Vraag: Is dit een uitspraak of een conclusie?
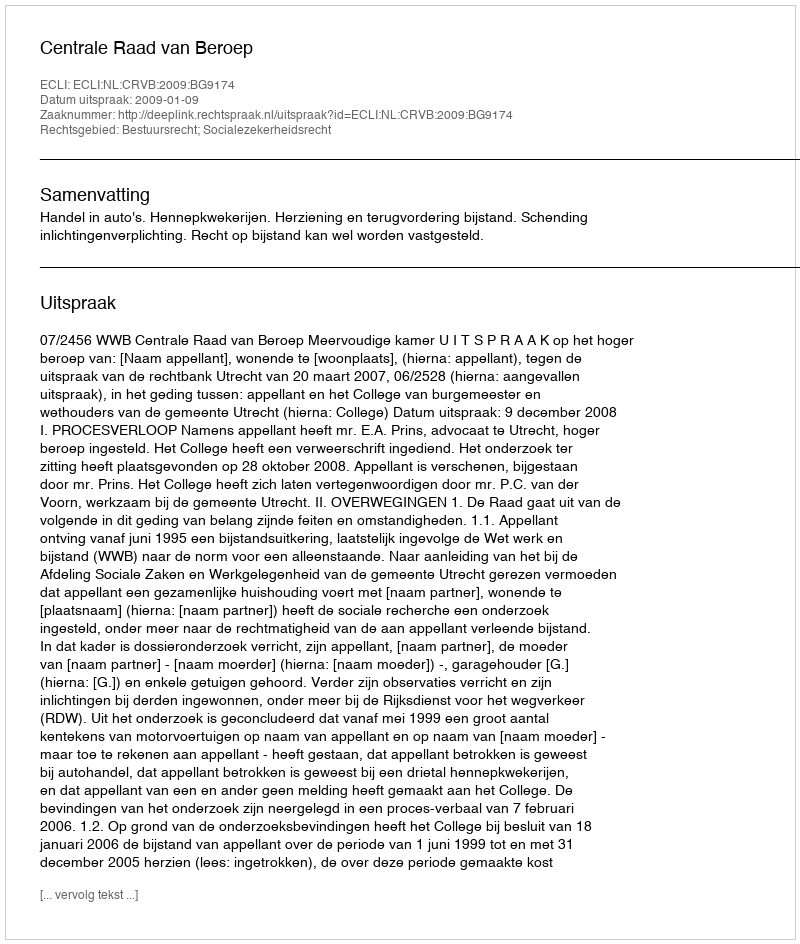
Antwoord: Uitspraak